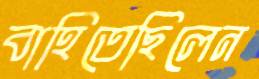
বাহিতেছিলেন